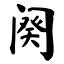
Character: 阕